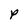
Character: p